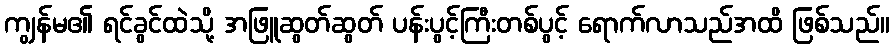
ကျွန်မ၏ ရင်ခွင်ထဲသို့ အဖြူဆွတ်ဆွတ် ပန်းပွင့်ကြီးတစ်ပွင့် ရောက်လာသည်အထိ ဖြစ်သည်။